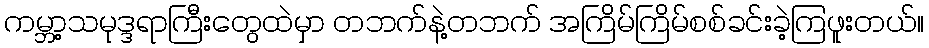
ကမ္ဘာ့သမုဒ္ဒရာကြီးတွေထဲမှာ တဘက်နဲ့တဘက် အကြိမ်ကြိမ်စစ်ခင်းခဲ့ကြဖူးတယ်။